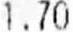
1.70